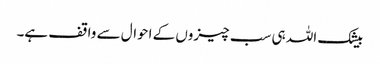
بیشک اللہ ہی سب چیزوں کے احوال سے واقف ہے۔